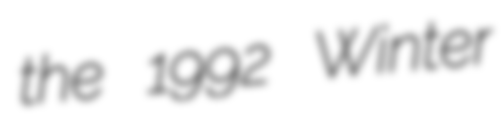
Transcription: the 1992 Winter